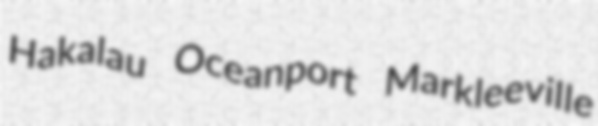
Hakalau Oceanport Markleeville